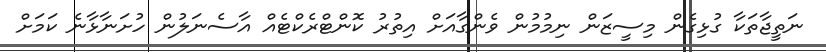
ނަތީޖާތަކާ ގުޅިގެން މިސީޒަން ނިމުމުން ވެންގާއަށް އިތުރު ކޮންޓްރެކްޓެއް އާސެނަލުން ހުށަނާޅާނެ ކަމަށް